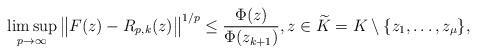
LaTeX: \begin{align*}\limsup_{p\to\infty}\big\|F(z)-R_{p,k}(z)\big\|^{1/p}\leq \frac{\Phi(z)}{\Phi(z_{k+1})},z\in \widetilde{K}=K\setminus\{z_1,\ldots,z_\mu\},\end{align*}